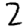
Digit: 2